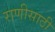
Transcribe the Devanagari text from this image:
राणीसाठी